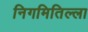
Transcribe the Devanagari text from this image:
निगमितिल्ला